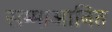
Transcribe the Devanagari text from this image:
सम्माआनित